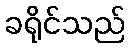
ခရိုင်သည်